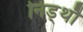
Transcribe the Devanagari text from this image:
निड्थौ